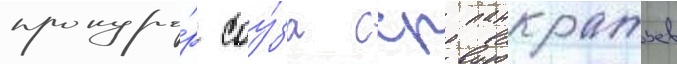
прокуро́р соу́за сср панкратьев